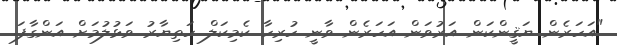
"އަހަރެން ޔަޤީންކަން އަރުވަން އަހަރެން ވާނީ ހުރިހާ ކެމިކަލް ހަތިޔާރު ވަޅުލުމަށް އަންގާފަ.